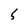
Character: 5